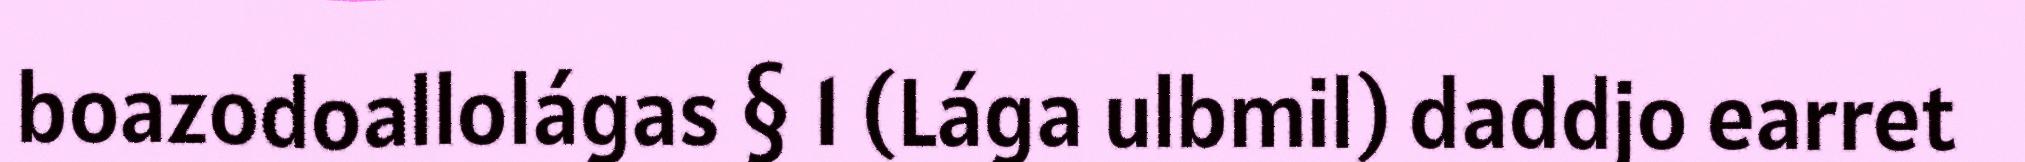
boazodoallolágas § 1 (Lága ulbmil) daddjo earret